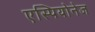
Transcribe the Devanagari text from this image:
एस्पियोनेज